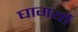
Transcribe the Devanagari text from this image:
घागर्या